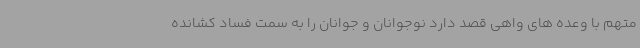
متهم با وعده های واهی قصد دارد نوجوانان و جوانان را به سمت فساد کشانده